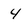
Character: 4